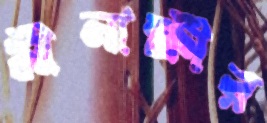
মীনাক্ষীর